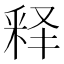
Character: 释